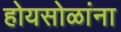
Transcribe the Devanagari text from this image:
होयसोळांना